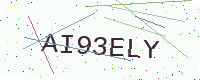
Text: AI93ELY